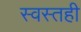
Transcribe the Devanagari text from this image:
स्वस्तही